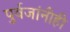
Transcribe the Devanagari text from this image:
पुर्वजांनीही